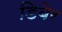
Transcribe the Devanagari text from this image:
डिबेर